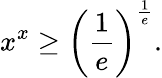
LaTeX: x^{x}\geq\left({\frac{1}{e}}\right)^{\frac{1}{e}}.